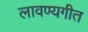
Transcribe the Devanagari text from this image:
लावण्यगीत